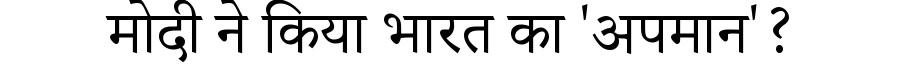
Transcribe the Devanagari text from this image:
मोदी ने किया भारत का 'अपमान'?